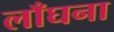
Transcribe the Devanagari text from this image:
लाँघना